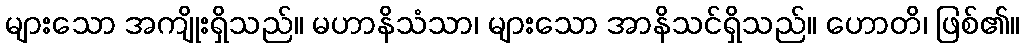
များသော အကျိုးရှိသည်။ မဟာနိသံသာ၊ များသော အာနိသင်ရှိသည်။ ဟောတိ၊ ဖြစ်၏။